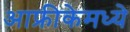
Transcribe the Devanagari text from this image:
आफ्रीकेमध्ये